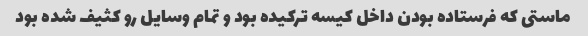
ماستی که فرستاده بودن داخل کیسه ترکیده بود و تمام وسایل رو کثیف شده بود